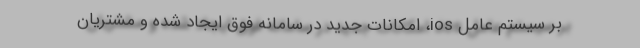
بر سیستم عامل ios، امکانات جدید در سامانه فوق ایجاد شده و مشتریان